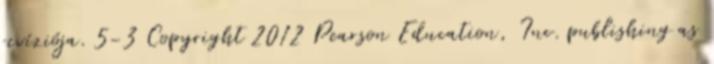
revíziója. 5-3 Copyright 2012 Pearson Education, Inc. publishing as